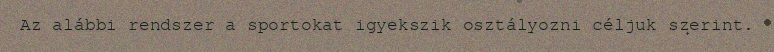
Az alábbi rendszer a sportokat igyekszik osztályozni céljuk szerint.